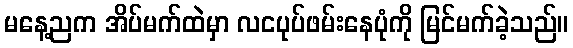
မနေ့ညက အိပ်မက်ထဲမှာ လငပုပ်ဖမ်းနေပုံကို မြင်မက်ခဲ့သည်။